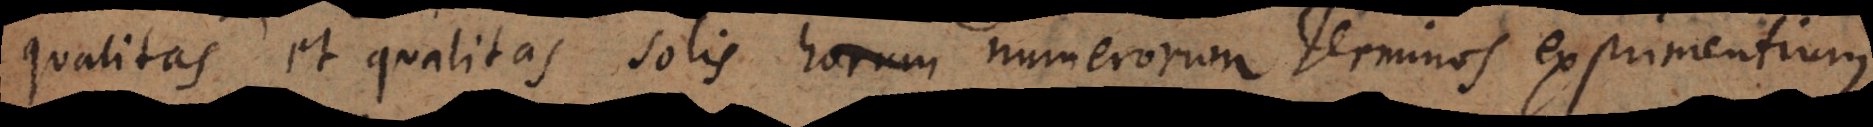
qualitas et [quantitas] solis horum numerorum Terminos exprimentium